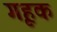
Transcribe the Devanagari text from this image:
गृहक